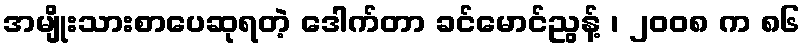
အမျိုးသားစာပေဆုရတဲ့ ဒေါက်တာ ခင်မောင်ညွန့် ၊ ၂၀၀၈ က ၈၆